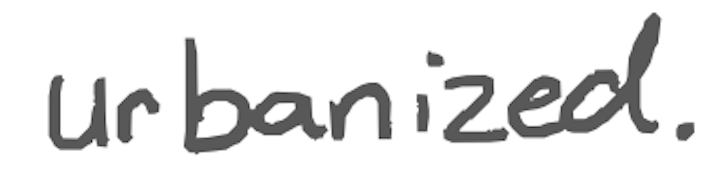
Text: urbanized.
Cross-out: clean
Writing tool: digital_gray